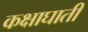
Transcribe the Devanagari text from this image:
कक्षाघाती